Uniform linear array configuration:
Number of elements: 64
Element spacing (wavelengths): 0.25
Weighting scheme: hamming
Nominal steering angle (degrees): -60
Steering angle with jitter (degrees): -59.691
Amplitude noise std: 0.05
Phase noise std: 0.05

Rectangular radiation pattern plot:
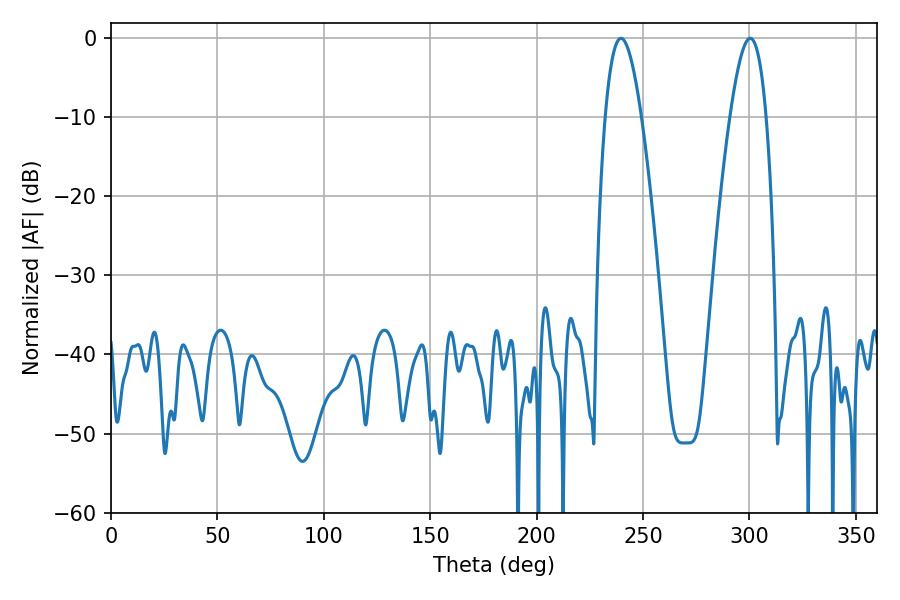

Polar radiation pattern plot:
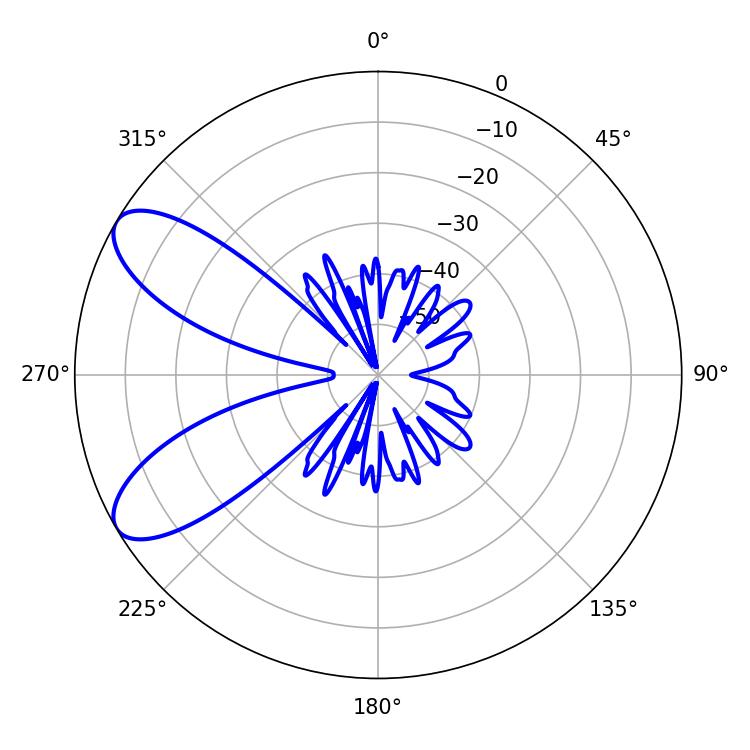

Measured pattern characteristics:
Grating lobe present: FALSE
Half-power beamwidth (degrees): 9.36
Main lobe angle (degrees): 239.58